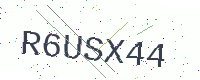
Text: R6USX44